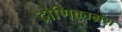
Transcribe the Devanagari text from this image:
द्रोणिकाभ्रंश